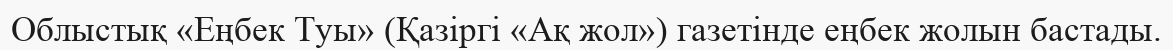
Облыстық «Еңбек Туы» (Қазіргі «Ақ жол») газетінде еңбек жолын бастады.